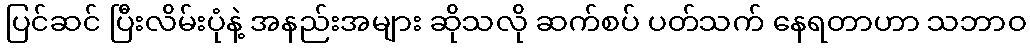
ပြင်ဆင် ပြီးလိမ်းပုံနဲ့ အနည်းအများ ဆိုသလို ဆက်စပ် ပတ်သက် နေရတာဟာ သဘာဝ